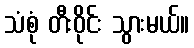
သံစုံ တီးဝိုင်း သွားမယ်။